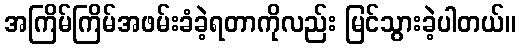
အကြိမ်ကြိမ်အဖမ်းခံခဲ့ရတာကိုလည်း မြင်သွားခဲ့ပါတယ်။